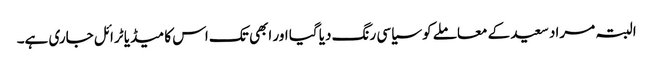
البتہ مراد سعید کے معاملے کو سیاسی رنگ دیا گیا اور ابھی تک اس کا میڈیا ٹرائل جاری ہے۔